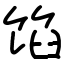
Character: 馅